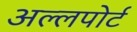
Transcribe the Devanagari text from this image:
अल्लपोर्ट